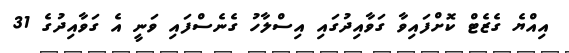
އިއްޔެ ގެޒެޓް ކޮށްފައިވާ ގަވާއިދުގައި އިސްލާހު ގެނެސްފައި ވަނީ އެ ގަވާއިދުގެ 31